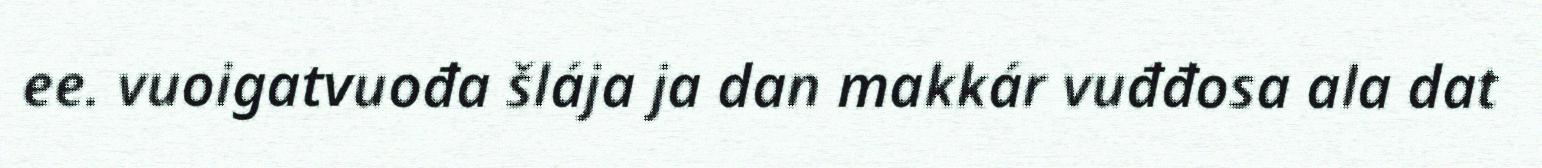
ee. vuoigatvuođa šlája ja dan makkár vuđđosa ala dat